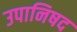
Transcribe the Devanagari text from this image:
उपानिषद